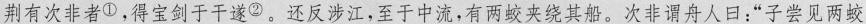
荆有次非者^{①}，得宝剑于干遂^{②}。还反涉江，至于中流，有两蛟夹绕其船。次非谓舟人日：”子尝见两蛟